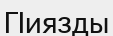
ГІиязды